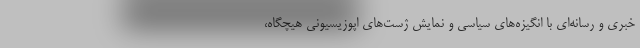
خبری و رسانه‌ای با انگیزه‌های سیاسی و نمایش ژست‌های اپوزیسیونی هیچگاه،